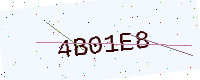
Text: 4B01E8